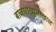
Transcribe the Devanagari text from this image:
बाजाराखालोखाल